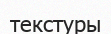
текстуры